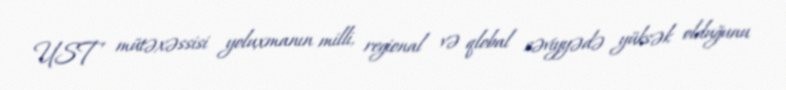
UST mütəxəssisi yoluxmanın milli, regional və qlobal səviyyədə yüksək olduğunu